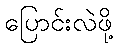
ပြောင်းလဲဖို့